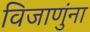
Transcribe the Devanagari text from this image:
विजाणुंना